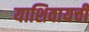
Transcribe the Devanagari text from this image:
याशिवायची